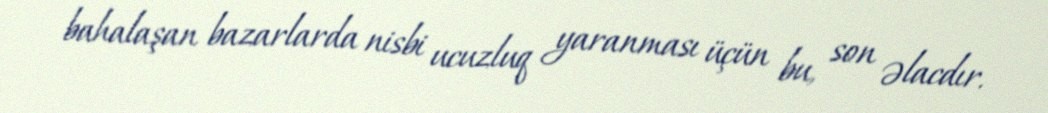
bahalaşan bazarlarda nisbi ucuzluq yaranması üçün bu, son əlacdır.